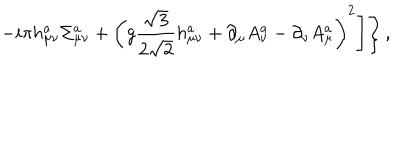
\left. \left. - i \pi h _ { \mu \nu } ^ { a } \Sigma _ { \mu \nu } ^ { a } + \left( g \frac { \sqrt { 3 } } { 2 \sqrt { 2 } } h _ { \mu \nu } ^ { a } + \partial _ { \mu } A _ { \nu } ^ { a } - \partial _ { \nu } A _ { \mu } ^ { a } \right) ^ { 2 } \right] \right\} ,